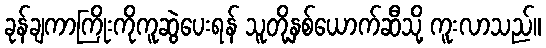
ခုန်ချကာကြိုးကိုကူဆွဲပေးရန် သူတို့နှစ်ယောက်ဆီသို့ ကူးလာသည်။